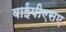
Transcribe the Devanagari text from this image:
वाईपीएसए